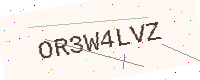
Text: OR3W4LVZ